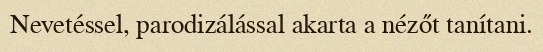
Nevetéssel, parodizálással akarta a nézőt tanítani.